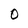
Character: O